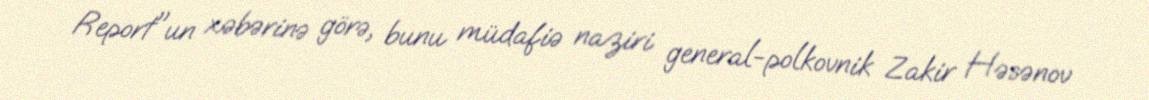
Report"un xəbərinə görə, bunu müdafiə naziri general-polkovnik Zakir Həsənov